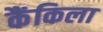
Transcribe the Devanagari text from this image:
कैंकिला